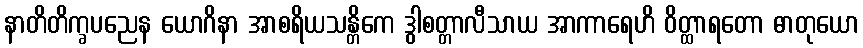
နာတိတိက္ခပညေန ယောဂိနာ အာစရိယသန္တိကေ ဒွါစတ္တာလီသာယ အာကာရေဟိ ဝိတ္ထာရတော ဓာတုယော